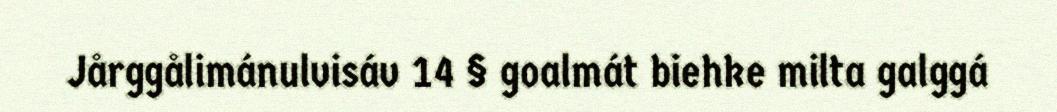
Jårggålimánulvisáv 14 § goalmát biehke milta galggá